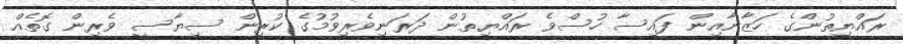
ރައްޔިތުންގެ ހަޒާނާއިން ފައިސާ ހުސްވެ ރައްޔިތުން ދަރަނިވެރިވުމުގެ ކުރިން ސިޔާސީ ވެރިން ގޮތެއް